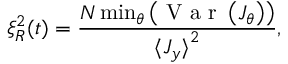
\xi _ { R } ^ { 2 } ( t ) = \frac { N \operatorname* { m i n } _ { \theta } \left( \mathrm { ~ V ~ a ~ r ~ } \left( J _ { \theta } \right) \right) } { { \langle J _ { y } \rangle } ^ { 2 } } ,